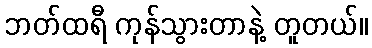
ဘတ်ထရီ ကုန်သွားတာနဲ့ တူတယ်။